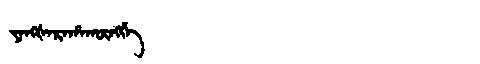
Manchu: ᠶᠠᠩᡧᠠᡵᠠᡥᠠᡴᡡᠩᡤᡝ
Romanization: YANGŠARAHAKŪNGGE